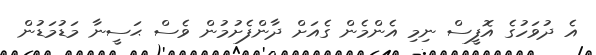
އެ ދުވަހުގެ އޮފީސް ނިމި އެންމެން ގެއަށް ދާންފެށުމުން ވެސް ޙަސީނާ މަޑުމަޑުން